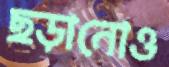
ছড়ানোও